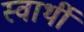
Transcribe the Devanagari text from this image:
स्‍वार्थी